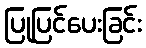
ပြုပြင်ပေးခြင်း